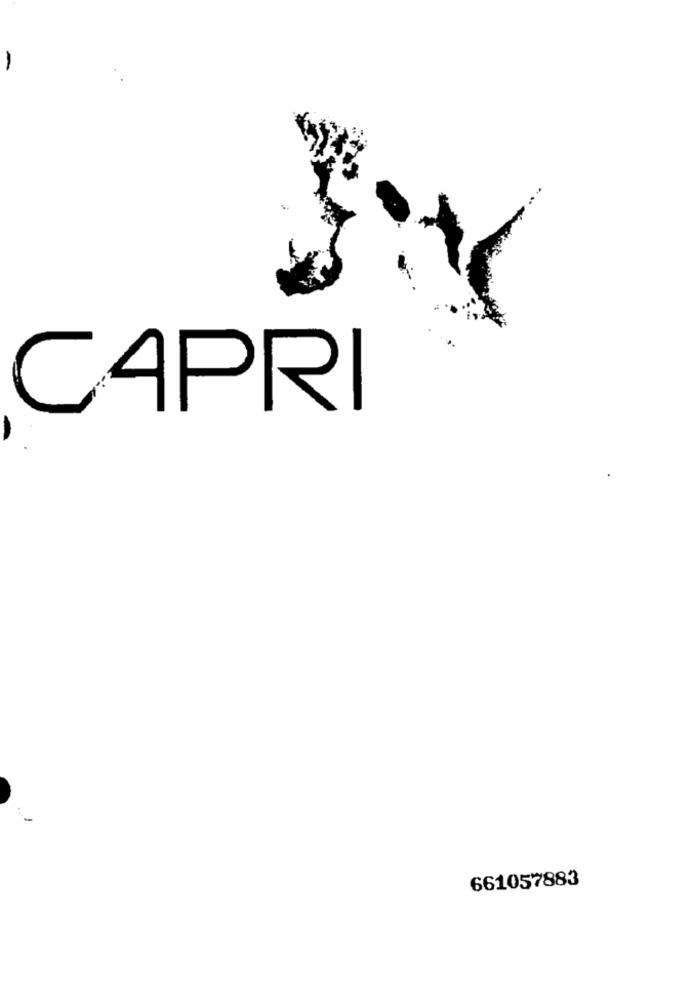
CAPRI
661057883